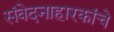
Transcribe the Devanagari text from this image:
संवेदनाहारकांचे